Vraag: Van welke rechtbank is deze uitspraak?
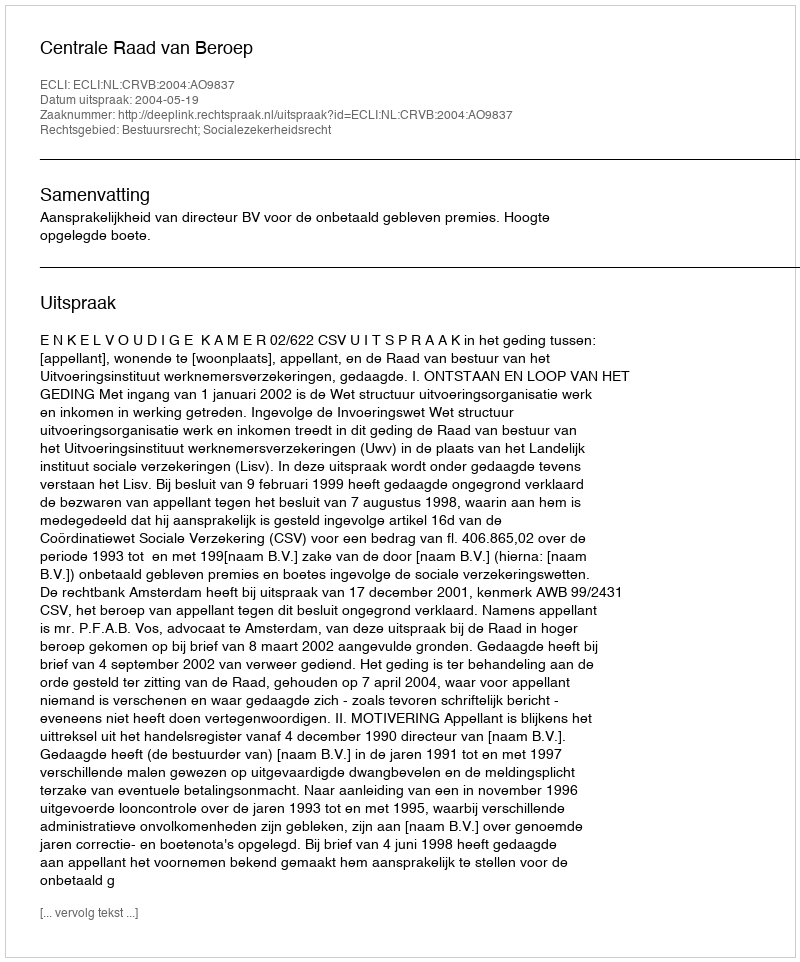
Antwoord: Centrale Raad van Beroep